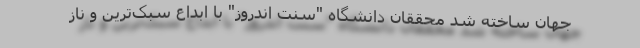
جهان ساخته شد محققان دانشگاه "سنت اندروز" با ابداع سبک‌ترین و ناز